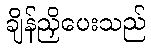
ချိန်ညှိပေးသည်